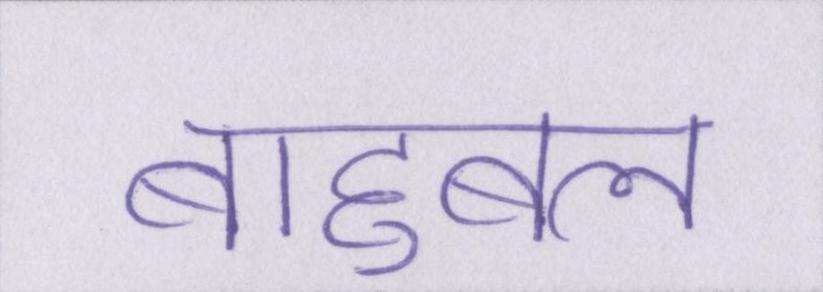
बाहुबल